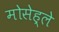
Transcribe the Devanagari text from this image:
मोसेह्ले